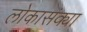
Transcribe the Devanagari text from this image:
लोकासंक्या